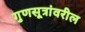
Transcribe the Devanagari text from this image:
गुणसूत्रांवरील